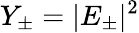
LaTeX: Y_{\pm}=|E_{\pm}|^{2}